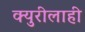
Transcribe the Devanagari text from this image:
क्युरीलाही